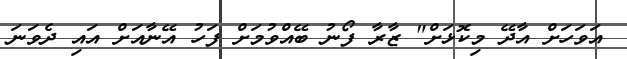
އަވަހަށް އާދޭ މިކޮޅަށް" ޒާރާ ފޯނު ބޭއްވުމަށް ފަހު އޭނާއަށް އައި ދެވަނަ